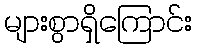
များစွာရှိကြောင်း